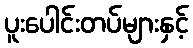
ပူးပေါင်းတပ်များနှင့်